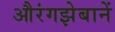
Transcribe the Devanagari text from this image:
औरंगझेबानें